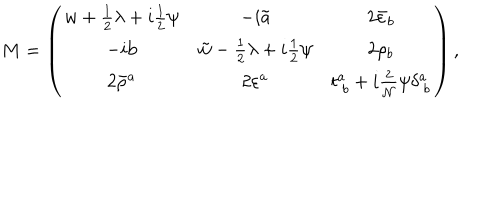
LaTeX: \displaystyle { M = \left( \begin{array} { c c c } { { w + \textstyle { \frac { 1 } { 2 } } \lambda + i \textstyle { \frac { 1 } { 2 } } \psi } } & { { - i \tilde { \mathrm { a } } } } & { { 2 \bar { \varepsilon } _ { b } } } \\ { { - i \mathrm { b } } } & { { \tilde { w } - { \textstyle \frac { 1 } { 2 } } \lambda + i \textstyle { \frac { 1 } { 2 } } \psi } } & { { 2 \rho _ { b } } } \\ { { 2 \bar { \rho } ^ { a } } } & { { 2 \varepsilon ^ { a } } } & { { t _ { ~ b } ^ { a } + i \frac { 2 } { { \cal N } } \psi \delta _ { ~ b } ^ { a } } } \\ \end{array} \right) } \, ,